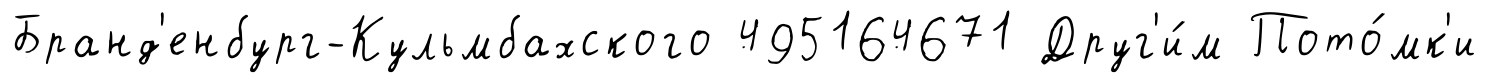
Бранд'енбург-Кульмбахского 495164671 Друг'и́м Пото́мк'и